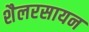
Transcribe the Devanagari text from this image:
शैलरसायन